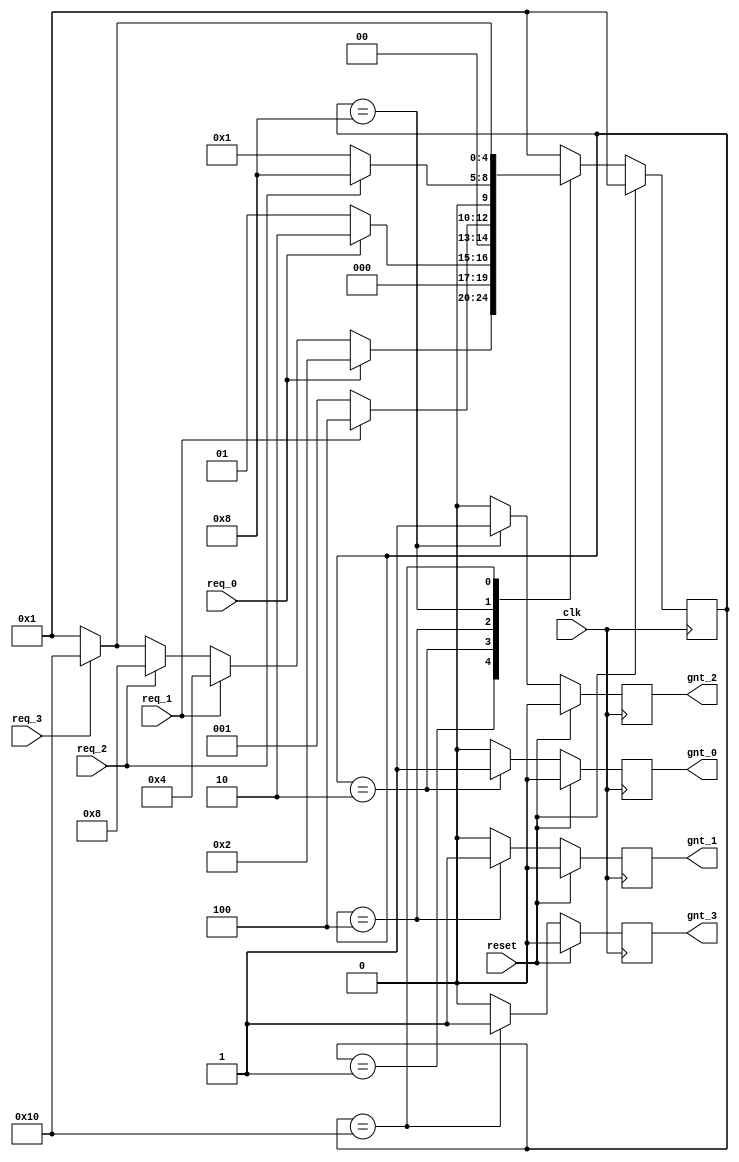
module state_machine (clk, reset, req_0, req_1, req_2, req_3, gnt_0, gnt_1, gnt_2, gnt_3);

	input   clk, reset, req_0, req_1, req_2, req_3;
	output  gnt_0, gnt_1, gnt_2, gnt_3;
	
	wire    clk, reset, req_0, req_1, req_2, req_3;
	reg     gnt_0, gnt_1, gnt_2, gnt_3;
	
	parameter SIZE = 5;
	parameter IDLE  = 5'b00001, GNT0 = 5'b00010, GNT1 = 5'b00100, GNT2 = 5'b01000, GNT3 = 5'b10000;
	
	reg [SIZE-1:0]state;
	reg [SIZE-1:0]next_state;

	always @ (state or req_0 or req_1 or req_2 or req_3) begin : FSM_COMBO
		 next_state = 5'b00000;
		 case(state)
			IDLE : if (req_0 == 1'b1) begin
							 next_state = GNT0;
						  end else if (req_1 == 1'b1) begin
							 next_state= GNT1;
						  end else if (req_2 == 1'b1) begin
							 next_state= GNT2;
						  end else if (req_3 == 1'b1) begin
							 next_state= GNT3;
						  end else begin
							 next_state = IDLE;
						  end
			GNT0 : if (req_0 == 1'b1) begin
							 next_state = GNT0;
						  end else begin
							 next_state = IDLE;
						  end
			GNT1 : if (req_1 == 1'b1) begin
							 next_state = GNT1;
						  end else begin
							 next_state = IDLE;
						  end
			GNT2 : if (req_2 == 1'b1) begin
							 next_state = GNT2;
						  end else begin
							 next_state = IDLE;
						  end
			GNT3 : if (req_3 == 1'b1) begin
							 next_state = GNT3;
						  end else begin
							 next_state = IDLE;
						  end
			default : next_state = IDLE;
		  endcase
	end

	always @ (posedge clk) begin : FSM_SEQ
		 if (reset == 1'b1) begin
			state <= IDLE;
		 end else begin
			state <= next_state;
		 end
	end
	
	always @ (posedge clk) begin : OUTPUT_LOGIC
		if (reset == 1'b1) begin
		  gnt_0 <= 1'b0;
		  gnt_1 <= 1'b0;
		  gnt_2 <= 1'b0;
		  gnt_3 <= 1'b0;
		end
		
		else begin
		  case(state)
			 IDLE: begin
							gnt_0 <= #1 1'b0;
							gnt_1 <= #1 1'b0;
							gnt_2 <= #1 1'b0;
							gnt_3 <= #1 1'b0;
					 end
			 GNT0: begin
							gnt_0 <= #1 1'b1;
							gnt_1 <= #1 1'b0;
							gnt_2 <= #1 1'b0;
							gnt_3 <= #1 1'b0;
					 end
			 GNT1: begin
							gnt_0 <= #1 1'b0;
							gnt_1 <= #1 1'b1;
							gnt_2 <= #1 1'b0;
							gnt_3 <= #1 1'b0;
					 end
			 GNT2: begin
							gnt_0 <= #1 1'b0;
							gnt_1 <= #1 1'b0;
							gnt_2 <= #1 1'b1;
							gnt_3 <= #1 1'b0;
					 end
			 GNT3: begin
							gnt_0 <= #1 1'b0;
							gnt_1 <= #1 1'b0;
							gnt_2 <= #1 1'b0;
							gnt_3 <= #1 1'b1;
					 end
			 default: begin
								gnt_0 <= #1 1'b0;
								gnt_1 <= #1 1'b0;
								gnt_2 <= #1 1'b0;
							   gnt_3 <= #1 1'b0;
						 end
		  endcase
		end
	end 

endmodule